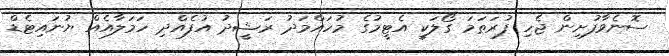
ސޮނެވާފުށިން ޖެހި ފުރަތަމަ ގޯލަކީ އެޓީމުގެ މުހައްމަދު ރަޝީދު އުފެއްދި ހަމަލާއެއް ޔުނައިޓެޑް